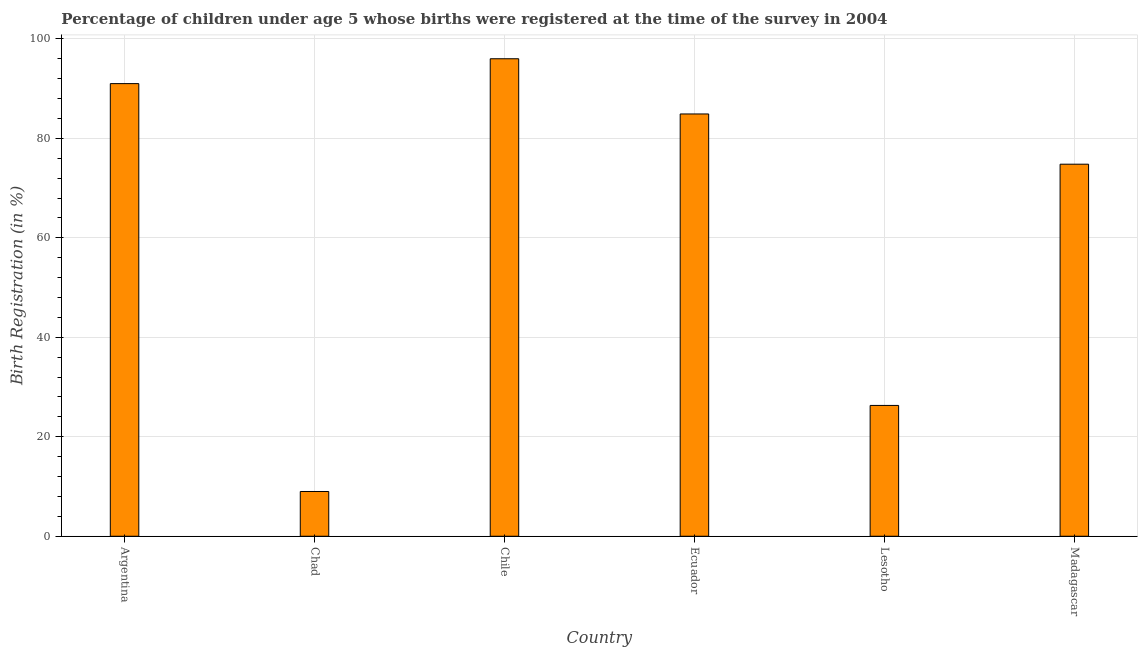
| Country | Birth registration |
 | --- | --- |
 | Argentina | 91 |
 | Chad | 9 |
 | Chile | 96 |
 | Ecuador | 84.9 |
 | Lesotho | 26.3 |
 | Madagascar | 74.8 |